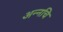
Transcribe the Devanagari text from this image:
अन्नचि